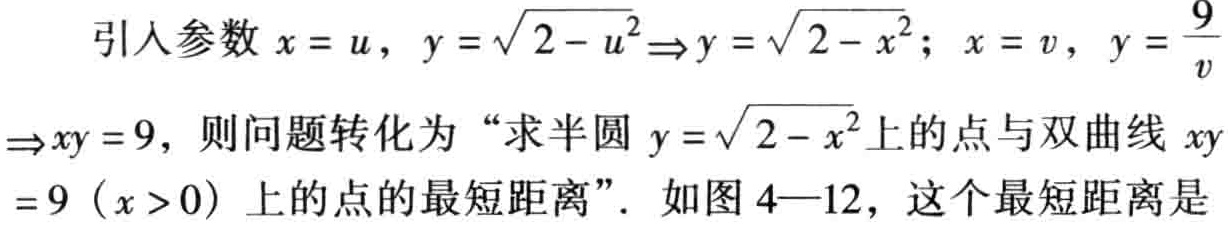
引入参数\(x = u\)，\(y = \sqrt{2 - u^{2}}\Rightarrow y = \sqrt{2 - x^{2}}\)；\(x = v\)，\(y = \frac{9}{v}\Rightarrow xy = 9\)，则问题转化为“求半圆\(y = \sqrt{2 - x^{2}}\)上的点与双曲线\(xy = 9\)（\(x > 0\)）上的点的最短距离”．如图4—12，这个最短距离是